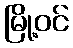
မြို့ဝင်